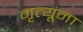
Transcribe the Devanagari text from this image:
मृत्यूंना